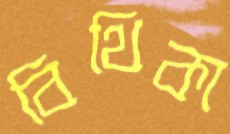
বিথিকা